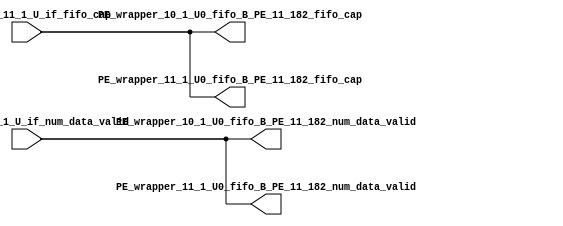
// ==================================================
// RTL generated by RapidStream
//
// Copyright 2024 RapidStream Design Automation, Inc.
// All Rights Reserved.
// ==================================================
`timescale 1 ns / 1 ps
module __rs_kernel3_aux_split_aux_110 #(
    parameter C_S_AXI_CONTROL_DATA_WIDTH  = 32,
    parameter C_S_AXI_CONTROL_ADDR_WIDTH  = 6,
    parameter C_S_AXI_DATA_WIDTH          = 32,
    parameter C_M_AXI_GMEM_A_ID_WIDTH     = 1,
    parameter C_M_AXI_GMEM_A_ADDR_WIDTH   = 64,
    parameter C_M_AXI_GMEM_A_DATA_WIDTH   = 512,
    parameter C_M_AXI_GMEM_A_AWUSER_WIDTH = 1,
    parameter C_M_AXI_GMEM_A_ARUSER_WIDTH = 1,
    parameter C_M_AXI_GMEM_A_WUSER_WIDTH  = 1,
    parameter C_M_AXI_GMEM_A_RUSER_WIDTH  = 1,
    parameter C_M_AXI_GMEM_A_BUSER_WIDTH  = 1,
    parameter C_M_AXI_GMEM_A_USER_VALUE   = 0,
    parameter C_M_AXI_GMEM_A_PROT_VALUE   = 0,
    parameter C_M_AXI_GMEM_A_CACHE_VALUE  = 3,
    parameter C_M_AXI_DATA_WIDTH          = 32,
    parameter C_M_AXI_GMEM_B_ID_WIDTH     = 1,
    parameter C_M_AXI_GMEM_B_ADDR_WIDTH   = 64,
    parameter C_M_AXI_GMEM_B_DATA_WIDTH   = 512,
    parameter C_M_AXI_GMEM_B_AWUSER_WIDTH = 1,
    parameter C_M_AXI_GMEM_B_ARUSER_WIDTH = 1,
    parameter C_M_AXI_GMEM_B_WUSER_WIDTH  = 1,
    parameter C_M_AXI_GMEM_B_RUSER_WIDTH  = 1,
    parameter C_M_AXI_GMEM_B_BUSER_WIDTH  = 1,
    parameter C_M_AXI_GMEM_B_USER_VALUE   = 0,
    parameter C_M_AXI_GMEM_B_PROT_VALUE   = 0,
    parameter C_M_AXI_GMEM_B_CACHE_VALUE  = 3,
    parameter C_M_AXI_GMEM_C_ID_WIDTH     = 1,
    parameter C_M_AXI_GMEM_C_ADDR_WIDTH   = 64,
    parameter C_M_AXI_GMEM_C_DATA_WIDTH   = 512,
    parameter C_M_AXI_GMEM_C_AWUSER_WIDTH = 1,
    parameter C_M_AXI_GMEM_C_ARUSER_WIDTH = 1,
    parameter C_M_AXI_GMEM_C_WUSER_WIDTH  = 1,
    parameter C_M_AXI_GMEM_C_RUSER_WIDTH  = 1,
    parameter C_M_AXI_GMEM_C_BUSER_WIDTH  = 1,
    parameter C_M_AXI_GMEM_C_USER_VALUE   = 0,
    parameter C_M_AXI_GMEM_C_PROT_VALUE   = 0,
    parameter C_M_AXI_GMEM_C_CACHE_VALUE  = 3,
    parameter C_S_AXI_CONTROL_WSTRB_WIDTH = 4,
    parameter C_S_AXI_WSTRB_WIDTH         = 4,
    parameter C_M_AXI_GMEM_A_WSTRB_WIDTH  = 64,
    parameter C_M_AXI_WSTRB_WIDTH         = 4,
    parameter C_M_AXI_GMEM_B_WSTRB_WIDTH  = 64,
    parameter C_M_AXI_GMEM_C_WSTRB_WIDTH  = 64
) (
    output wire [1:0] PE_wrapper_10_1_U0_fifo_B_PE_11_182_fifo_cap,
    output wire [1:0] PE_wrapper_10_1_U0_fifo_B_PE_11_182_num_data_valid,
    output wire [1:0] PE_wrapper_11_1_U0_fifo_B_PE_11_182_fifo_cap,
    output wire [1:0] PE_wrapper_11_1_U0_fifo_B_PE_11_182_num_data_valid,
    input wire  [1:0] fifo_B_PE_11_1_U_if_fifo_cap,
    input wire  [1:0] fifo_B_PE_11_1_U_if_num_data_valid
);
assign PE_wrapper_10_1_U0_fifo_B_PE_11_182_fifo_cap = fifo_B_PE_11_1_U_if_fifo_cap;
assign PE_wrapper_10_1_U0_fifo_B_PE_11_182_num_data_valid = fifo_B_PE_11_1_U_if_num_data_valid;
assign PE_wrapper_11_1_U0_fifo_B_PE_11_182_fifo_cap = fifo_B_PE_11_1_U_if_fifo_cap;
assign PE_wrapper_11_1_U0_fifo_B_PE_11_182_num_data_valid = fifo_B_PE_11_1_U_if_num_data_valid;
endmodule